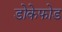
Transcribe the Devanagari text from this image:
डोकेफोड